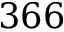
3 6 6